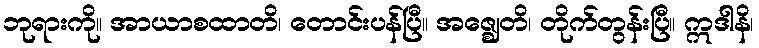
ဘုရားကို။ အာယာစထာတိ၊ တောင်းပန်ပြီ။ အဇ္ဈေတိ၊ တိုက်တွန်းပြီ။ ဣဒါနိ၊